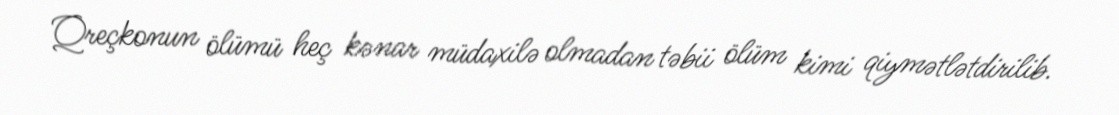
Qreçkonun ölümü heç kənar müdaxilə olmadan təbii ölüm kimi qiymətlətdirilib.